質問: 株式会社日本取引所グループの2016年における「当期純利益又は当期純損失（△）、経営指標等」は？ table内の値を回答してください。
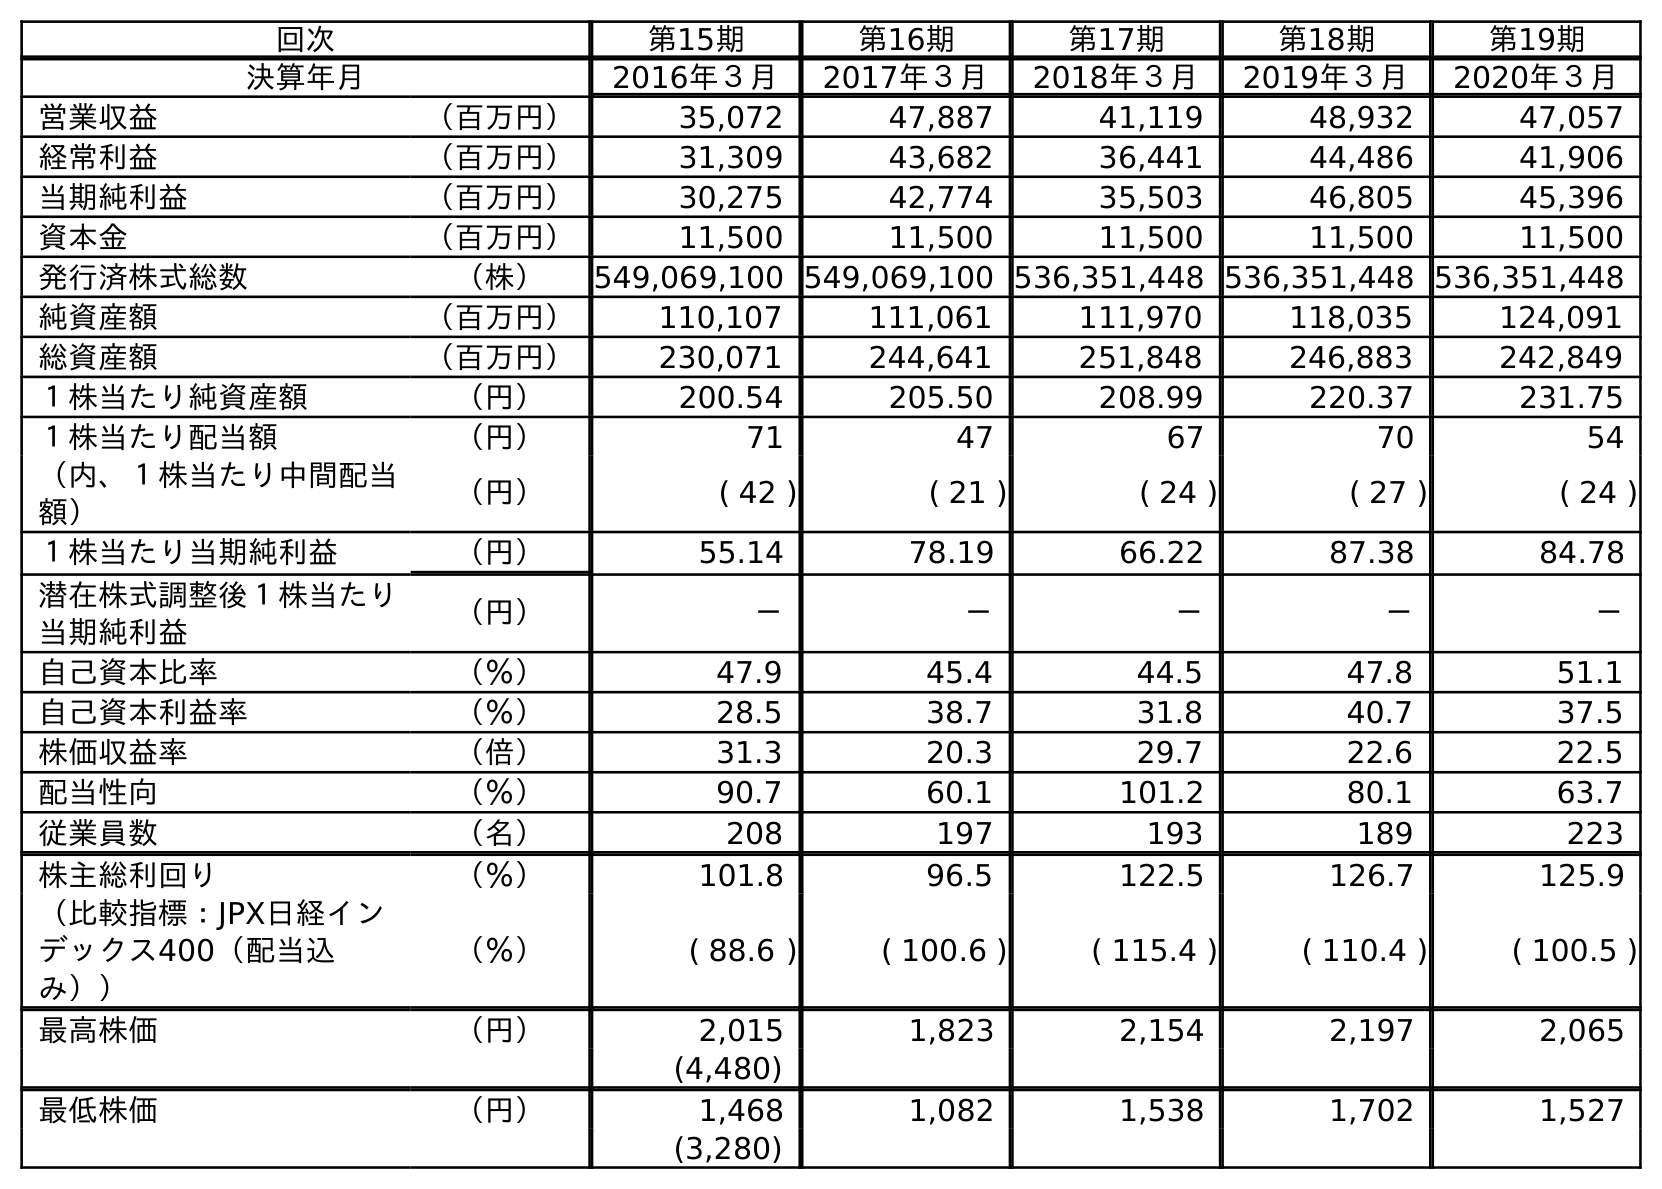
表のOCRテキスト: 回次 第15期 第16期 第17期 第18期 第19期 決算年月 2016年３月 2017年３月 2018年３月 2019年３月 2020年３月 営業収益 （百万円） 35,072 47,887 41,119 48,932 47,057 経常利益 （百万円） 31,309 43,682 36,441 44,486 41,906 当期純利益 （百万円） 30,275 42,774 35,503 46,805 45,396 資本金 （百万円） 11,500 11,500 11,500 11,500 11,500 発行済株式総数 （株） 549,069,100 549,069,100 536,351,448 536,351,448 536,351,448 純資産額 （百万円） 110,107 111,061 111,970 118,035 124,091 総資産額 （百万円） 230,071 244,641 251,848 246,883 242,849 １株当たり純資産額 （円） 200.54 205.50 208.99 220.37 231.75 １株当たり配当額 （円） 71 47 67 70 54 （内、１株当たり中間配当 額） （円） ( 42 ) ( 21 ) ( 24 ) ( 27 ) ( 24 ) １株当たり当期純利益 （円） 55.14 78.19 66.22 87.38 84.78 潜在株式調整後１株当たり 当期純利益 （円） － － － － － 自己資本比率 （％） 47.9 45.4 44.5 47.8 51.1 自己資本利益率 （％） 28.5 38.7 31.8 40.7 37.5 株価収益率 （倍） 31.3 20.3 29.7 22.6 22.5 配当性向 （％） 90.7 60.1 101.2 80.1 63.7 従業員数 （名） 208 197 193 189 223 株主総利回り （％） 101.8 96.5 122.5 126.7 125.9 （比較指標：JPX日経イン デックス400（配当込 み）） （％） ( 88.6 ) ( 100.6 ) ( 115.4 ) ( 110.4 ) ( 100.5 ) 最高株価 （円） 2,015 1,823 2,154 2,197 2,065 (4,480) 最低株価 （円） 1,468 1,082 1,538 1,702 1,527 (3,280)
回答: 30,275